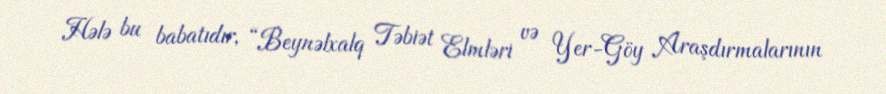
Hələ bu babatıdır, “Beynəlxalq Təbiət Elmləri və Yer-Göy Araşdırmalarının